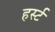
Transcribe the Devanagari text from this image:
हर्स्ट